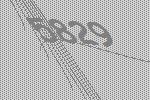
5829